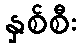
နှစ်စီး